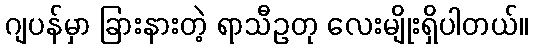
ဂျပန်မှာ ခြားနားတဲ့ ရာသီဥတု လေးမျိုးရှိပါတယ်။